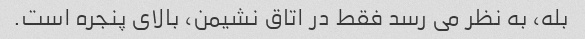
بله، به نظر می رسد فقط در اتاق نشیمن، بالای پنجره است.